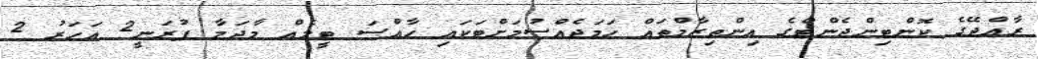
ރާއްޖޭގެ ކޮންޓިންޖެންޓްގެ އިންތިޒާމްތައް ހަމަޖެއްސުމަށްޓަކައި ހާއްސަ ޓީމެއް މާދަމާ ފުރަނީ2 އަހަރު 2